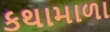
કથામાળા